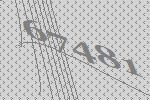
67481